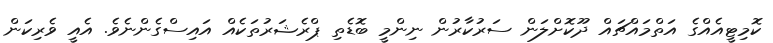
ކޮމިޓީއެއްގެ އަތްމައްޗައް ދޫކޮށްލަން ސަރުކާރުން ނިންމީ ބޮޑެތި ޕްރެޝަރުތަކެއް އައިސްގެންނެވެ. އެއީ ވެރިކަން